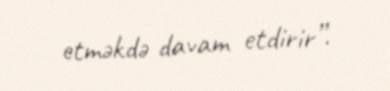
etməkdə davam etdirir”.